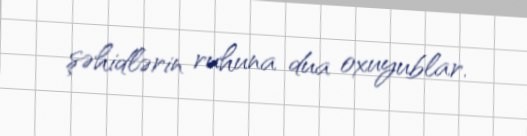
şəhidlərin ruhuna dua oxuyublar.